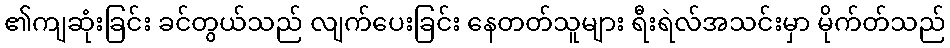
၏ကျဆုံးခြင်း ခင်တွယ်သည် လျက်ပေးခြင်း နေတတ်သူများ ရီးရဲလ်အသင်းမှာ မိုက်တ်သည်